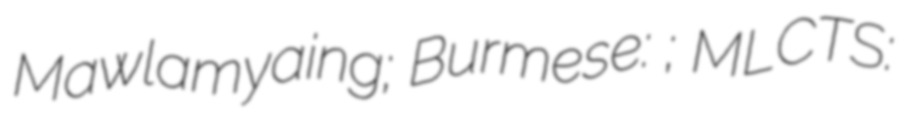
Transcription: Mawlamyaing; Burmese: မော်လမြိုင်မြို့; MLCTS: